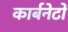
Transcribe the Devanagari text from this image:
कार्बनेटों